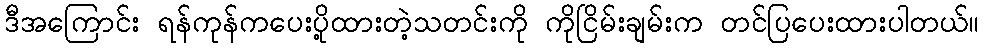
ဒီအကြောင်း ရန်ကုန်ကပေးပို့ထားတဲ့သတင်းကို ကိုငြိမ်းချမ်းက တင်ပြပေးထားပါတယ်။